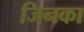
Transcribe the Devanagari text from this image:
जिनका